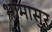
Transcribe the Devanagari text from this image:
भामासुर